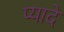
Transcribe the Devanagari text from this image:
प्‍यादे